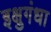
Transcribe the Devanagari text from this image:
इक्षुगंधा